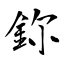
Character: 鉨